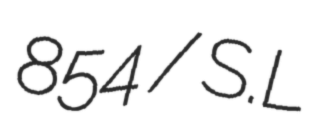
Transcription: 854 / S.L